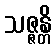
သဇ္ဇန္တိ